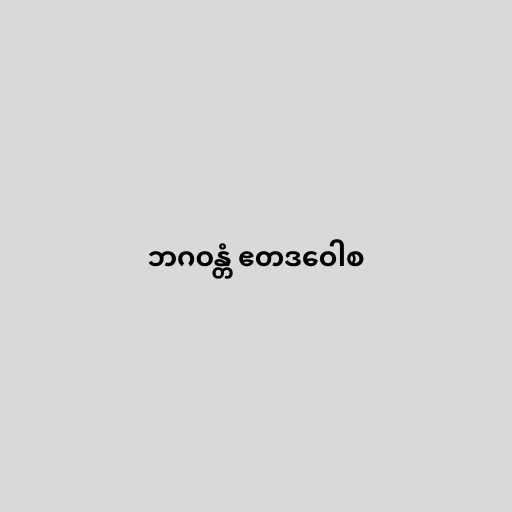
ဘဂဝန္တံ ဧတဒဝေါစ